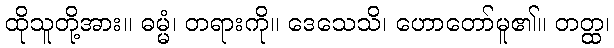
ထိုသူတို့အား။ ဓမ္မံ၊ တရားကို။ ဒေသေသိ၊ ဟောတော်မူ၏။ တတ္ထ၊